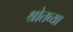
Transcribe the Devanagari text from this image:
श्रोतव्या